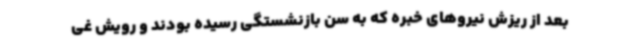
بعد از ریزش نیروهای خبره که به سن بازنشستگی رسیده بودند و رویش غی